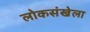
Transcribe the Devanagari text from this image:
लोकसंखेला